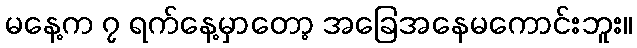
မနေ့က ၇ ရက်နေ့မှာတော့ အခြေအနေမကောင်းဘူး။